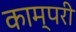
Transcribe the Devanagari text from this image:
काम्परी